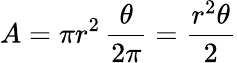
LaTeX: A=\pi r^{2}\, {\frac{\theta}{2\pi}}={\frac{r^{2}\theta}{2}}